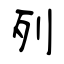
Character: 列